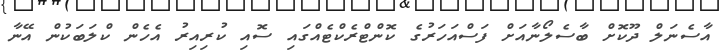
އާސެނަލް ދޫކޮށް ބާސެލޯނާއަށް ފަސްއަހަރުގެ ކޮންޓްރެކްޓެއްގައި ސޮއި ކުރިއިރު އެހެން ކްލަބަކުން އޭނާ